Annual report of the Camel Specialist
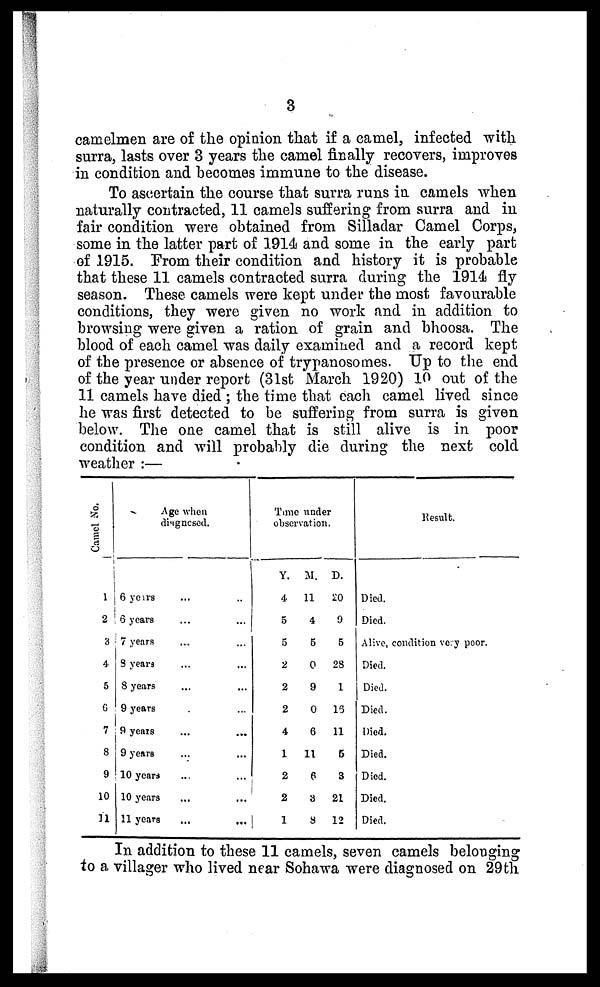
3
camelmen are of the opinion that if a camel, infected with
surra, lasts over 3 years the camel finally recovers, improves
in condition and becomes immune to the disease.
To ascertain the course that surra runs in camels when
naturally contracted, 11 camels suffering from surra and in
fair condition were obtained from Silladar Camel Corps,
some in the latter part of 1914 and some in the early part
of 1915. From their condition and history it is probable
that these 11 camels contracted surra during the 1914 fly
season. These camels were kept under the most favourable
conditions, they were given no work and in addition to
browsing were given a ration of grain and bhoosa. The
blood of each camel was daily examined and a record kept
of the presence or absence of trypanosomes. Up to the end
of the year under report (31st March 1920) 10 out of the
11 camels have died ; the time that each camel lived since
he was first detected to be suffering from surra is given
below. The one camel that is still alive is in poor
condition and will probably die during the next cold
weather :—
Camel No.
1
2
3
4
5
6
7
8
9
10
11
Age when
diagnosed.
6 years
6 years
7 years
8 years
8 years
9 years
9 years
9 years
10 years
10 years
11 years
...
...
...
...
...
...
...
...
...
...
...
...
...
...
...
...
...
...
...
...
...
...
Time under
observation
Y.
4
5
5
2
2
2
4
1
2
2
1
M.
11
4
5
0
9
0
6
11
6
3
8
D.
20
9
5
28
1
16
11
5
3
21
12
Result.
Died.
Died.
Alive.
Died.
Died.
Died.
Died.
Died.
Died.
Died.
Died.
condition very poor.
In addition to these 11 camels, seven camels belonging
to a villager who lived near Sohawa were diagnosed on 29th